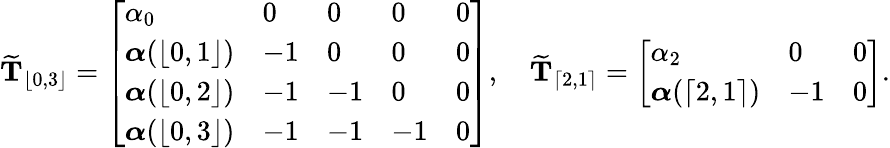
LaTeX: \widetilde{\mathbf{T}}_{\lfloor 0,3\rfloor}=\left[\begin{array}{lllll}{\alpha_{0}}&{0}&{0}&{0}&{0}\\ {\boldsymbol{\alpha}(\lfloor 0,1\rfloor)}&{-1}&{0}&{0}&{0}\\ {\boldsymbol{\alpha}(\lfloor 0,2\rfloor)}&{-1}&{-1}&{0}&{0}\\ {\boldsymbol{\alpha}(\lfloor 0,3\rfloor)}&{-1}&{-1}&{-1}&{0}\end{array}\right],\quad\widetilde{\mathbf{T}}_{\lceil 2,1\rceil}=\left[\begin{array}{lll}{\alpha_{2}}&{0}&{0}\\ {\boldsymbol{\alpha}(\lceil 2,1\rceil)}&{-1}&{0}\end{array}\right].